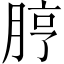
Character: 脝